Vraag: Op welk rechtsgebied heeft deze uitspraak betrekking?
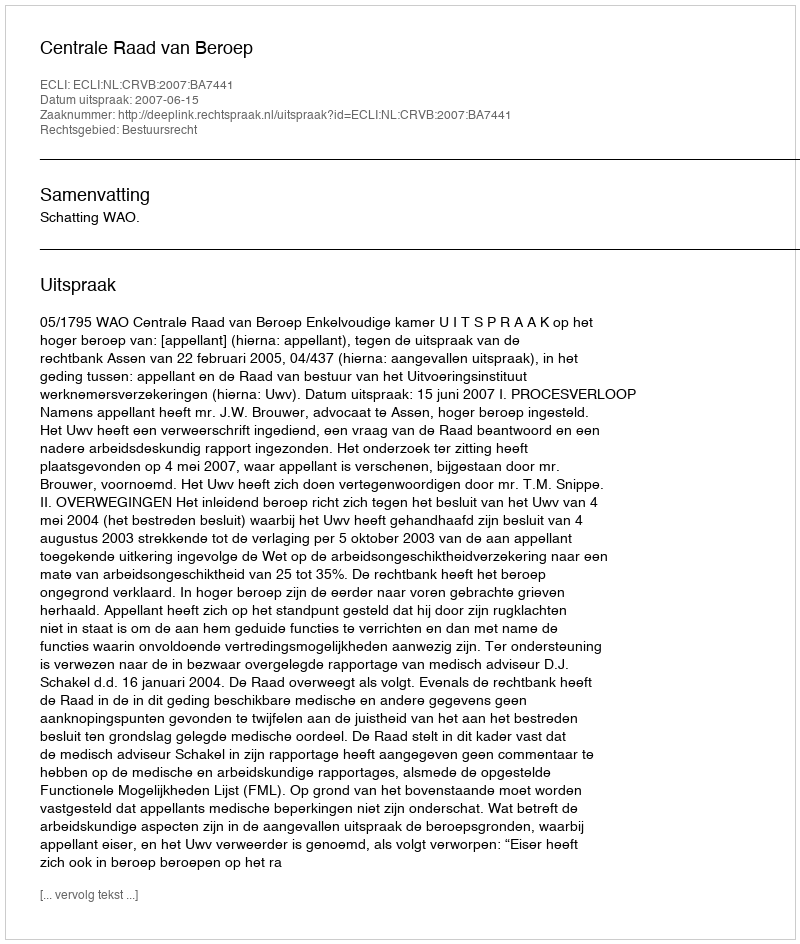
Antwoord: Bestuursrecht